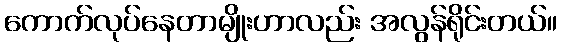
ကောက်လုပ်နေတာမျိုးဟာလည်း အလွန်ရိုင်းတယ်။